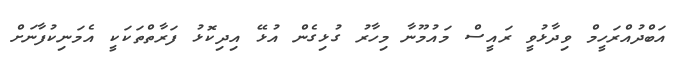
އަބްދުއްރަހީމް ވިދާޅުވީ ރައީސް މައުމޫނާ މިހާރު ގުޅިގެން އުޅޭ އިދިކޮޅު ފަރާތްތަކަކީ އެމަނިކުފާނަށް